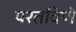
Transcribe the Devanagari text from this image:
परतविणे